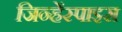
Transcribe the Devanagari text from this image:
जिन्हेंस्पाइस